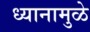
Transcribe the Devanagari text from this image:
ध्यानामुळे